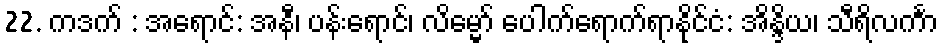
22. ကဒက် : အရောင်: အနီ၊ ပန်းရောင်၊ လိမ္မော် ပေါက်ရောက်ရာနိုင်ငံ: အိန္ဒိယ၊ သီရိလင်္ကာ